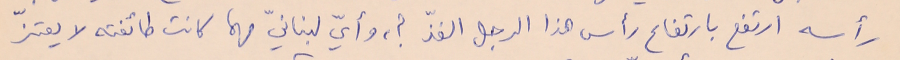
رأسه ارتفع بارتفاع رأس هذا الرجل الفذّ ؟، وأيّ لبنانيّ مهما كانت طائفته لا يعتزّ